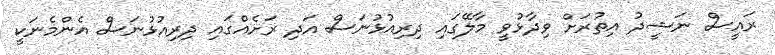
ރައީސް ނަޝީދު އިތުރަށް ވިދާޅުވީ މާލޭގައި ދިރިއުޅުނަސް އަދި ރަށެއްގައި ދިރިއުޅުނަސް އެންމެނަކީ